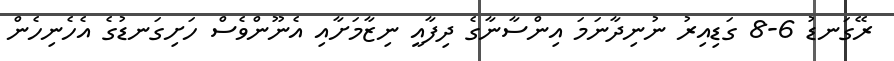
ރޭގަނޑު 6-8 ގަޑިއިރު ނުނިދާނަމަ އިންސާނާގެ ދިފާއީ ނިޒާމަށާއި އެނޫންވެސް ހަށިގަނޑުގެ އެހެނިހެން